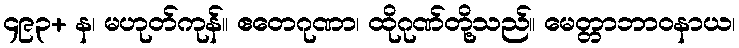
၄၉၃+ န၊ မဟုတ်ကုန်။ ဧတေဂုဏာ၊ ထိုဂုဏ်တို့သည်။ မေတ္တာဘာဝနာယ၊